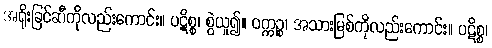
အရိုးခြင်ဆီကိုလည်းကောင်း။ ပဋိစ္စ၊ စွဲယူ၍။ ဝက္ကဉ္စ၊ အသားမြစ်ကိုလည်းကောင်း။ ပဋိစ္စ၊